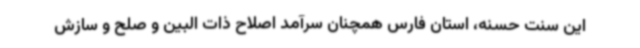
این سنت حسنه، استان فارس همچنان سرآمد اصلاح ذات البین و صلح و سازش